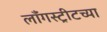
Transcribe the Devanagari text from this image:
लाँगस्ट्रीटच्या